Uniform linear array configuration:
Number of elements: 48
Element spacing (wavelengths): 1
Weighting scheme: uniform
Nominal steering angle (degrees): -30
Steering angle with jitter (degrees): -31.127
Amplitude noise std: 0.05
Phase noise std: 0.05

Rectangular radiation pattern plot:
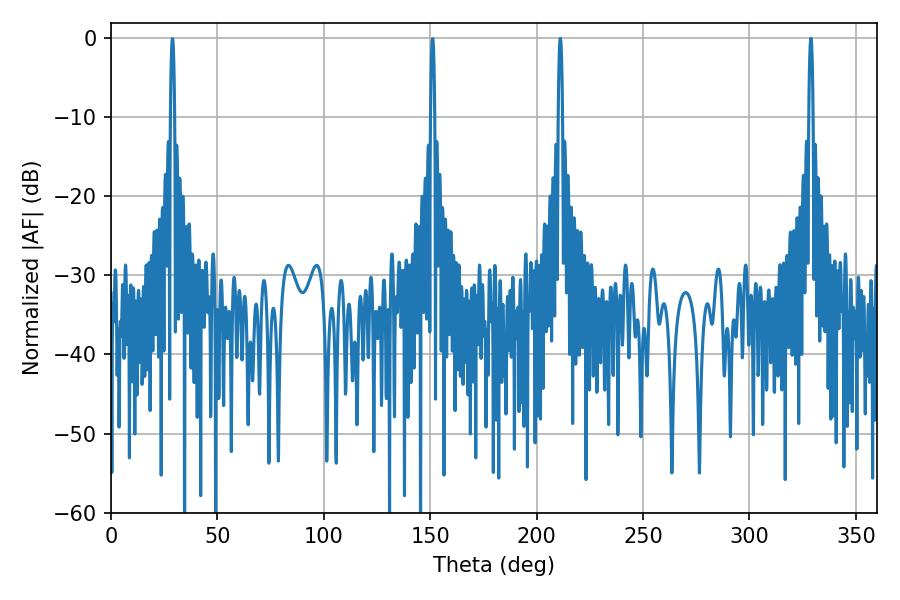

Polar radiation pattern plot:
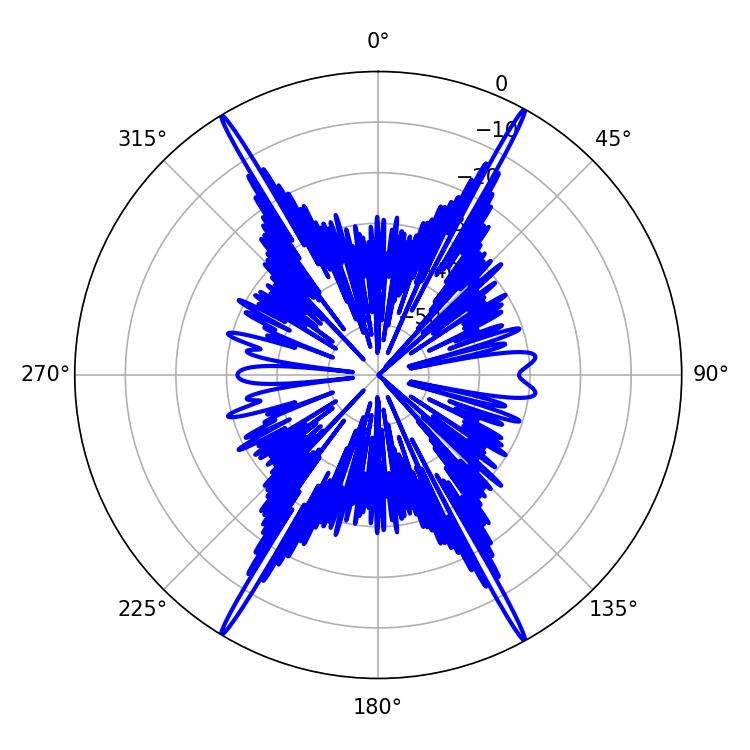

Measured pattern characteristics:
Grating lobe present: TRUE
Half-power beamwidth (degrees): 1.08
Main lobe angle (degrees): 211.14